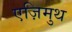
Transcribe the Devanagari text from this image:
एज़िमुथ